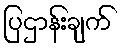
ပြဌာန်းချက်